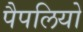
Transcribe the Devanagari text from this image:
पैपलियो